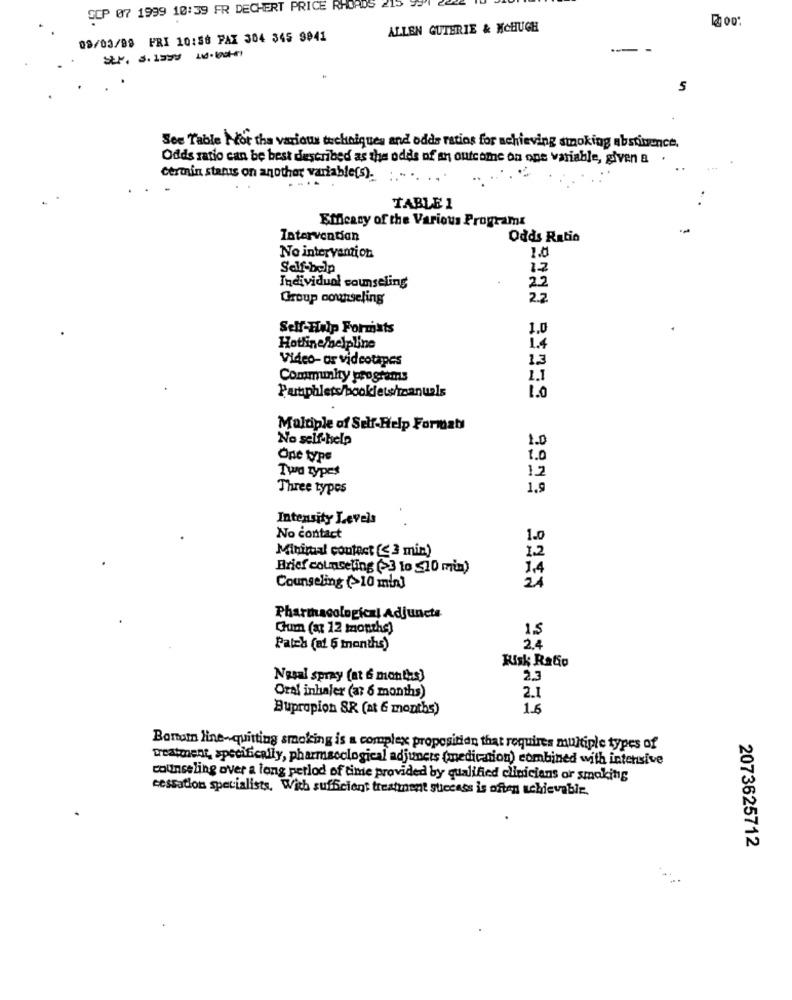
SCP 07 1999 10:39 FR DECHERT PRICE RHOADS
ALLEN GUTERIE & MCHUGH
08/03/99 FRI 10:58 PAX 304 345 9841
See Table For the various techniques and odds ratios for achieving smoking abstinence.
Odds ratio can be best described as the odds of an outcome on one variable, given a .
certain status on another variable[s). ..... .
....
TABLE 1
Efficacy of the Various Programs
Interventian
Odds Ratio
No intervention
Self-belp
12
Individual counseling
22
Group counseling
2.2
Self-Help Formats
1.0
Hotline helpline
1.4
Video- or videotapes
13
Community programs
1.1
Pamphlets/booklets/manuals
1.0
Multiple of Self-Help Format
No self-help
1.0
Ope typs
1.0
Two types
1.2
Three types
1.9
Intensity Levels
No contact
1.0
Minimal contact [< 3 min)
1.2
Brief counseling (>3 to $10 min)
1,4
21
Counseling (>10 min]
Pharmacological Adjuncts
Chum (at 12 months)
15
24
Patch (af 6 months)
Risk RaGio
Nasal spray (at 6 montas]
2.3
Oral inhaler (at 6 months)
2.1
Bupropion SR (at 6 months)
1.6
Bonom line-quitting smoking is a complex proposition that requires multiple types of
treatment, specifically, pharmacological adjuncts (medication) combined with intensive
counseling over a long petlod of time provided by qualified clinicians or smoking
cessation specialists. With sufficient treatment success is often achievable.
2073625712